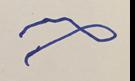
Signature authenticity: forged